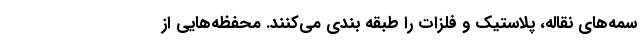
سمه‌های نقاله، پلاستیک و فلزات را طبقه بندی می‌کنند. محفظه‌هایی از